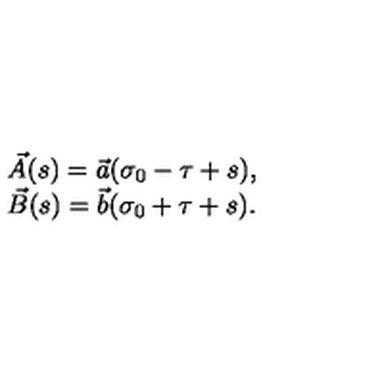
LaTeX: \begin{array} { l } { \vec { A } ( s ) = \vec { a } ( \sigma _ { 0 } - \tau + s ) , } \\ { \vec { B } ( s ) = \vec { b } ( \sigma _ { 0 } + \tau + s ) . } \\ \end{array}